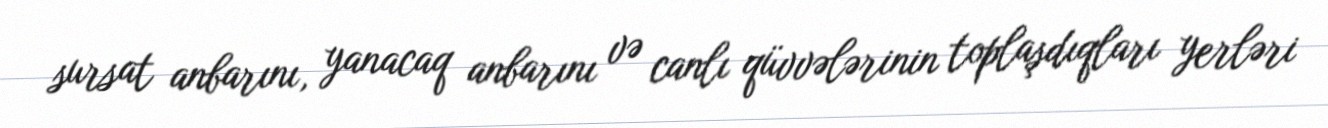
sursat anbarını, yanacaq anbarını və canlı qüvvələrinin toplaşdıqları yerləri